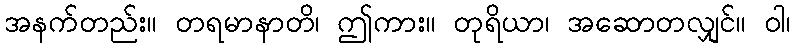
အနက်တည်း။ တရမာနာတိ၊ ဤကား။ တုရိယာ၊ အဆောတလျှင်။ ဝါ၊